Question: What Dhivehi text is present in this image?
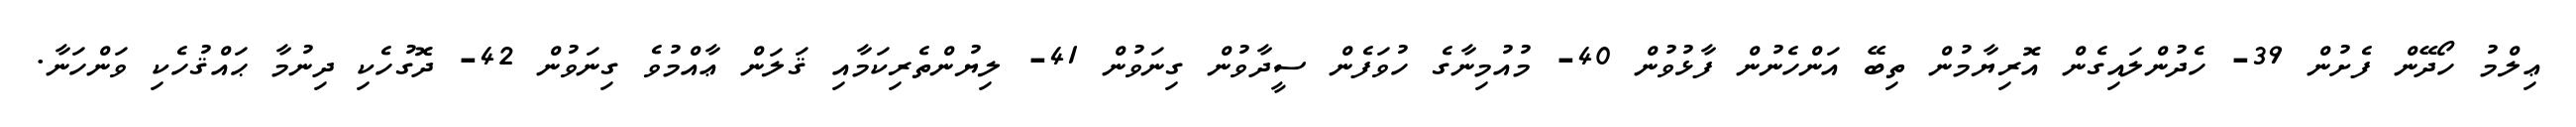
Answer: ޢިލްމު ހޯދޭން ފެށުން 39- ހެދުންލައިގެން އޮރިޔާމުން ތިބޭ އަންހެނުން ފާޅުވުން 40- މުއުމިނާގެ ހުވަފެން ސީދާވުން ގިނަވުން 41- ލިޔުންތެރިކަމާއި ޤަލަން ޢާއްމުވެ ގިނަވުން 42- ދޮގުހެކި ދިނުމާ ޙައްޤުހެކި ވަންހަނާ.